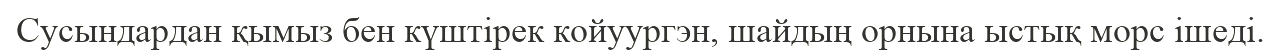
Сусындардан қымыз бен күштірек койуургэн, шайдың орнына ыстық морс ішеді.